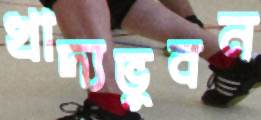
খাদ্যভুবন